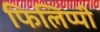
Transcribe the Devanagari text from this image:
फिलिप्पी